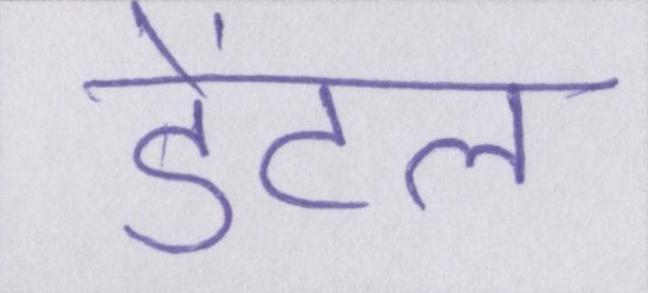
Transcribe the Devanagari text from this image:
डेंटल